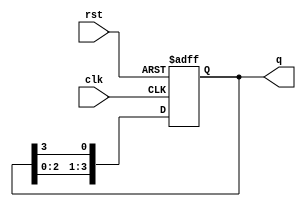
module ring_counter(
    input wire clk,
    input wire rst,
    output reg [3:0] q
);

reg [3:0] next_q;

always @(posedge clk or posedge rst) begin
    if (rst) begin
        q <= 4'b0001;
    end else begin
        q <= next_q;
    end
end

always @* begin
    next_q[0] = q[3];
    next_q[1] = q[0];
    next_q[2] = q[1];
    next_q[3] = q[2];
end

endmodule